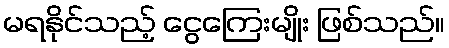
မရနိုင်သည့် ငွေကြေးမျိုး ဖြစ်သည်။